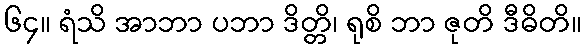
၆၄။ ရံသိ အာဘာ ပဘာ ဒိတ္တိ၊ ရုစိ ဘာ ဇုတိ ဒီဓိတိ။